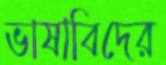
ভাষাবিদের